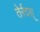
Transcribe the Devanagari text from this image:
तेर्रदस्